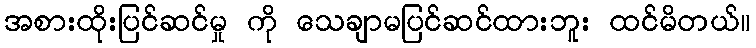
အစားထိုးပြင်ဆင်မှု ကို သေချာမပြင်ဆင်ထားဘူး ထင်မိတယ်။